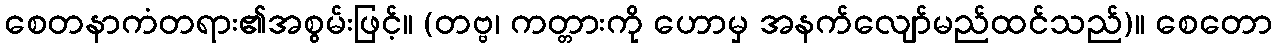
စေတနာကံတရား၏အစွမ်းဖြင့်။ (တဗ္ဗ၊ ကတ္တားကို ဟောမှ အနက်လျော်မည်ထင်သည်)။ စေတော